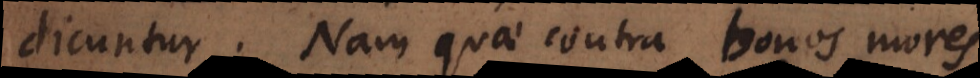
dicuntur. Nam quae contra bonos